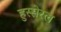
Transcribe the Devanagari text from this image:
हुस्सेरल